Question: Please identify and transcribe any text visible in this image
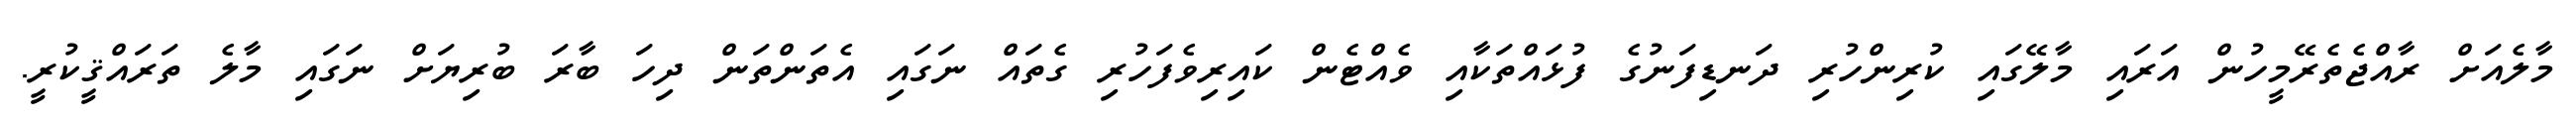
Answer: މާލެއަށް ރާއްޖެތެރޭމީހުން އަރައި މާލޭގައި ކުރިންހުރި ދަނޑިފަނުގެ ފުޅައްތަކާއި ވެއްޓެން ކައިރިވެފަހުރި ގެތައް ނަގައި އެތަންތަން ދިހަ ބާރަ ބުރިޔަށް ނަގައި މާލެ ތަރައްޤީކުރީ.